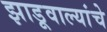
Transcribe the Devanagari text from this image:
झाडूवाल्यांचे